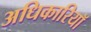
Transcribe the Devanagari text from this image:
अधिकारियॉ